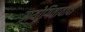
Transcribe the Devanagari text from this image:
उायोगितावादी